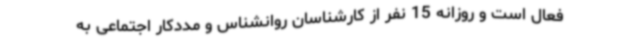
فعال است و روزانه 15 نفر از کارشناسان روانشناس و مددکار اجتماعی به